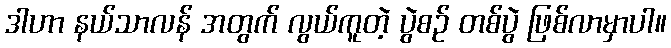
ဒါဟာ နယ်သာလန် အတွက် လွယ်ကူတဲ့ ပွဲစဉ် တစ်ပွဲ ဖြစ်လာမှာပါ။